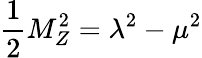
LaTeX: \frac{1}{2}M_{Z}^{2}=\lambda^{2}-\mu^{2}